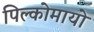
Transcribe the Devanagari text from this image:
पिल्कोमायो